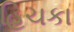
હિચકા